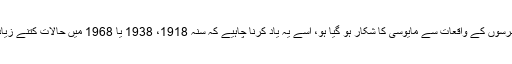
کوئی لبرل جو گزشتہ چند برسوں کے واقعات سے مایوسی کا شکار ہو گیا ہو، اسے یہ یاد کرنا چاہیے کہ سنہ 1918، 1938 یا 1968 میں حالات کتنے زیادہ برے دکھائی دیتے تھے۔